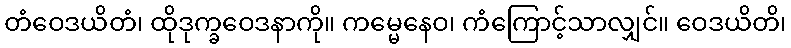
တံဝေဒယိတံ၊ ထိုဒုက္ခဝေဒနာကို။ ကမ္မေနေဝ၊ ကံကြောင့်သာလျှင်။ ဝေဒယိတိ၊